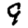
Digit: 9